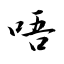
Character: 唔